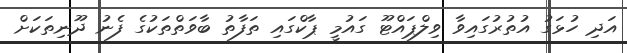
އަދި ހުޅަގު އުތުރުގައިވާ ވިލްޕައްޓޫ ގައުމީ ޕާކްގައި ތަފާތު ބާވަތްތަކުގެ ފެނު ދޫނިތަކަށް